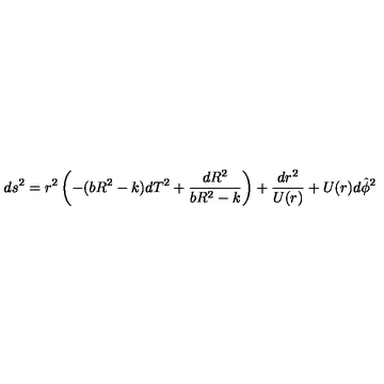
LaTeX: d s ^ { 2 } = r ^ { 2 } \left( - ( b R ^ { 2 } - k ) d T ^ { 2 } + \frac { d R ^ { 2 } } { b R ^ { 2 } - k } \right) + \frac { d r ^ { 2 } } { U ( r ) } + U ( r ) d \hat { \phi } ^ { 2 }